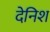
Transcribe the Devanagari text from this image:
देनिश